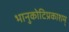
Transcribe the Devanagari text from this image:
भानुकोटिप्रकाशम्